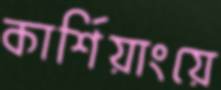
কার্শিয়াংয়ে